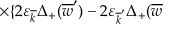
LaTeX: \times \{ 2 \varepsilon _ { \overline { { { k } } } } \Delta _ { + } ( \overline { { { w } } } ^ { \prime } ) - 2 \varepsilon _ { \overline { { { k } } } ^ { \prime } } \Delta _ { + } ( \overline { { { w } } }